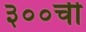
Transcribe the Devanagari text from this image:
३००ची